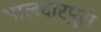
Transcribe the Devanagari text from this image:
भालदारपुरा